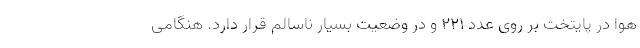
هوا در پایتخت بر روی عدد 221 و در وضعیت بسیار ناسالم قرار دارد. هنگامی